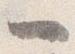
一